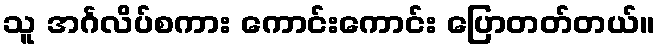
သူ အင်္ဂလိပ်စကား ကောင်းကောင်း ပြောတတ်တယ်။